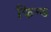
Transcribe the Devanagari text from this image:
फिन्ड